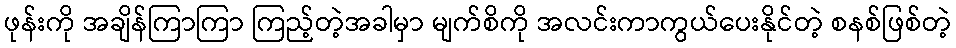
ဖုန်းကို အချိန်ကြာကြာ ကြည့်တဲ့အခါမှာ မျက်စိကို အလင်းကာကွယ်ပေးနိုင်တဲ့ စနစ်ဖြစ်တဲ့